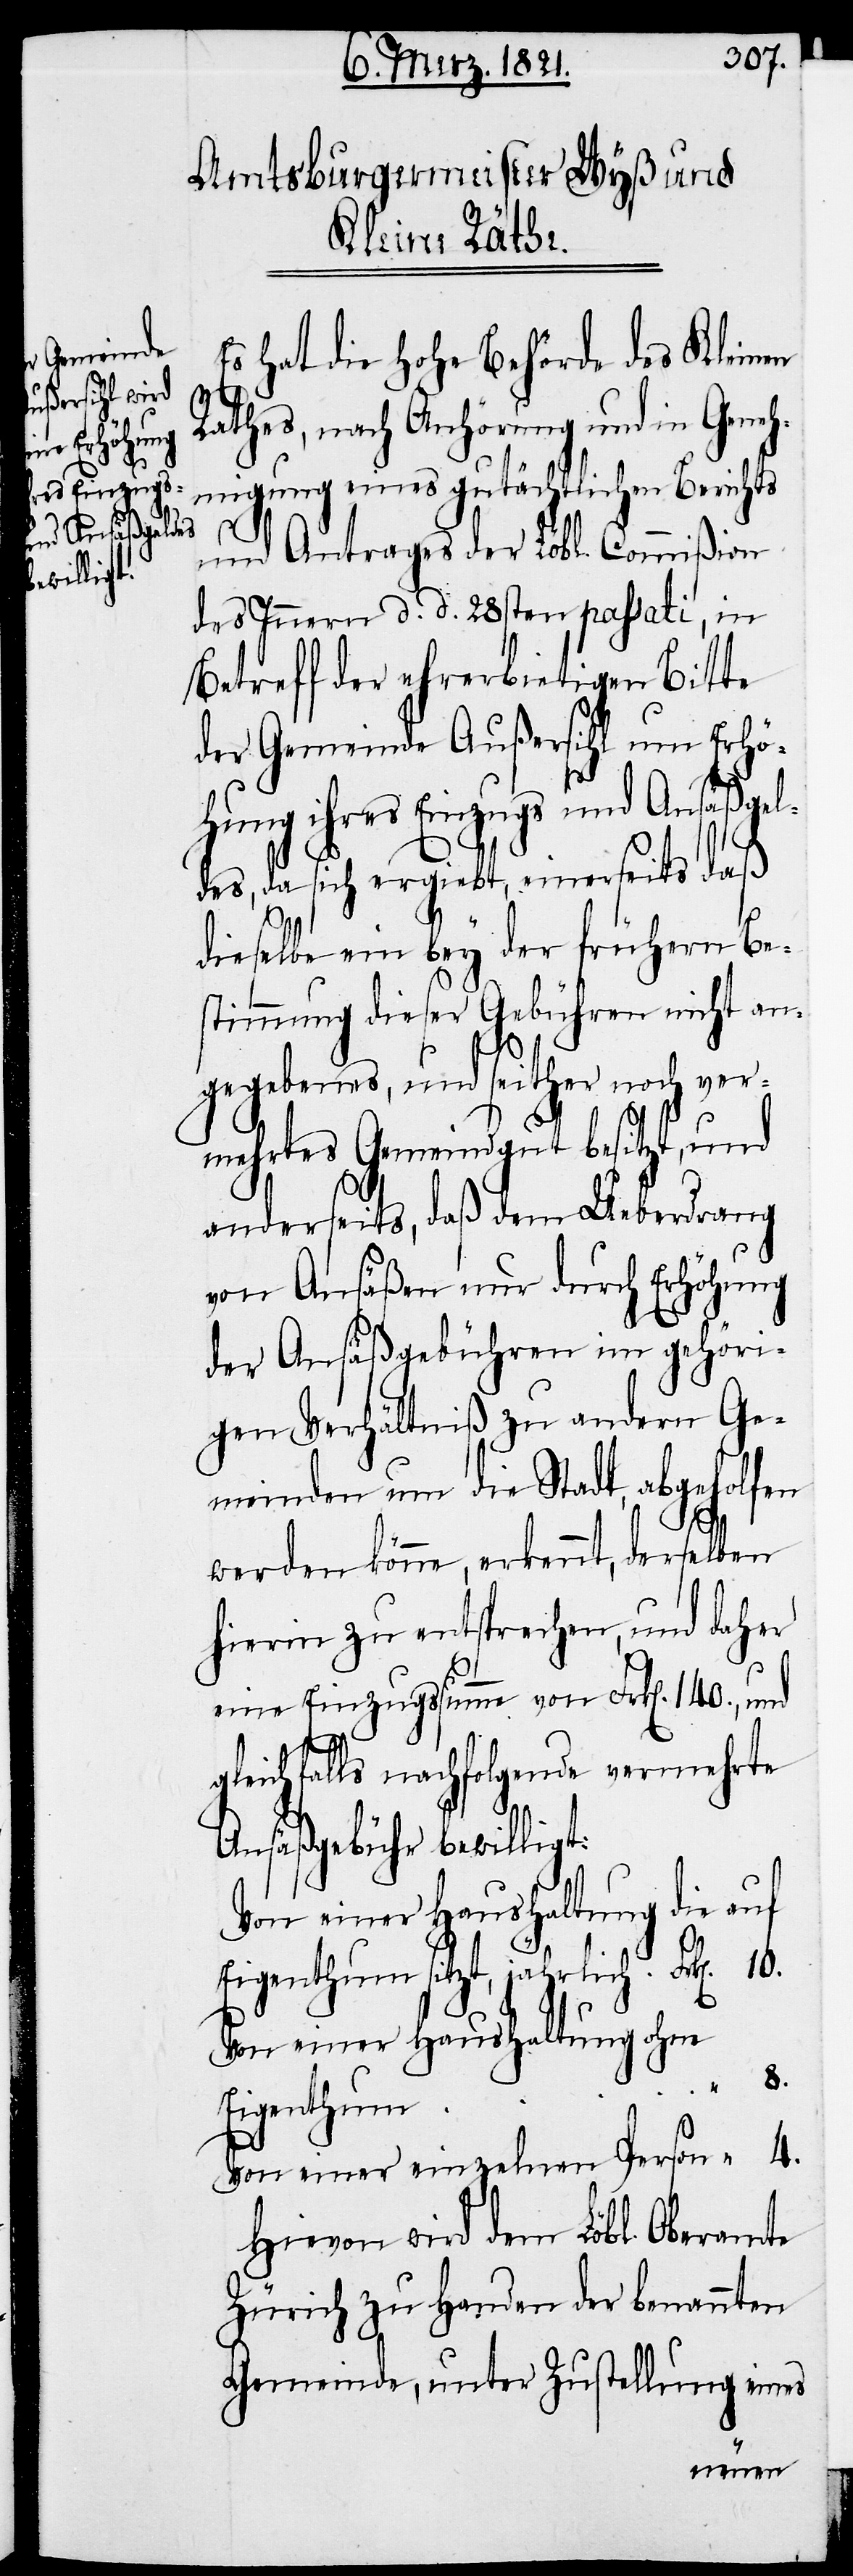
Es hat die hohe Behörde des Kleinen
Rathes, nach Anhörung und in Geneh¬
migung eines gutächtlichen Berichts
und Antrages der Lobl. Commißion
des Innern d. d. 28sten passati, in
Betreff der ehrerbietigen Bitte
der Gemeinde Außersihl um Erhö¬
hung ihres Einzugs und Ansäßgel¬
des, da sich ergiebt, einerseits daß
dieselbe ein bey der frühern Be¬
stimmung dieser Gebühren nicht an¬
gegebenes, und seither noch ver¬
mehrtes Gemeindgut besitzt, und
anderseits, daß dem Ueberdrang
von Ansäßen nur durch Erhöhung
der Ansäßgebühren im gehöri¬
gen Verhältniß zu andern Ge¬
meinden um die Stadt, abgeholfen
werden könne, erkennt, derselben
hierin zu entsprechen, und daher
eine Einzugssumme von Frk[en]. 140., und
gleichfalls nachfolgende vermehrte
Ansäßgebühr bewilligt:
Von einer Haushaltung die auf
Eigenthum sitzt, jährlich
Von einer Haushaltung ohne
Von einer einzelnen Person	“	4.
Hievon wird dem Lobl. Oberamte
Zürich zu Handen der benannten
Gemeinde, unter Zustellung eines